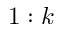
1 : k